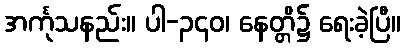
အင်္ကုသနည်း။ ပါ-၃၄၀၊ နေတ္တိ၌ ရေးခဲ့ပြီ။